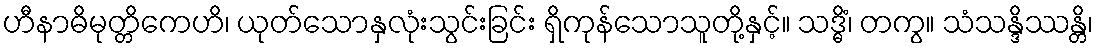
ဟီနာဓိမုတ္တိကေဟိ၊ ယုတ်သောနှလုံးသွင်းခြင်း ရှိကုန်သောသူတို့နှင့်။ သဒ္ဓိံ၊ တကွ။ သံသန္ဒိဿန္တိ၊